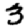
Digit: 3